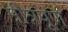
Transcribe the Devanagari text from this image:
मीत्रपूर्ण